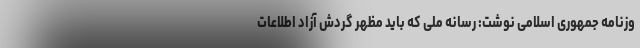
وزنامه جمهوری اسلامی نوشت: رسانه ملی که باید مظهر گردش آزاد اطلاعات